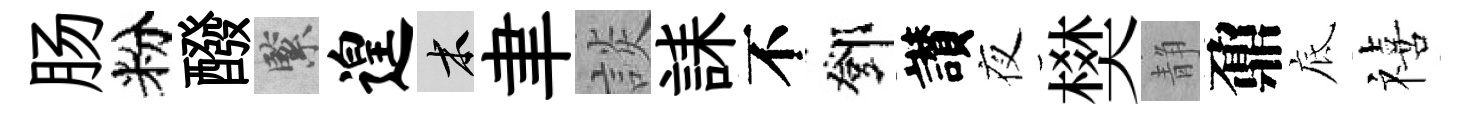
肠粉醱緊遑木聿談誄不鄧讃夜樊静鼐底禧